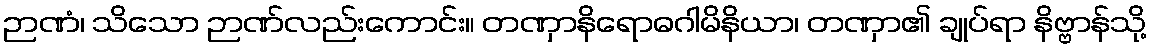
ဉာဏံ၊ သိသော ဉာဏ်လည်းကောင်း။ တဏှာနိရောဓဂါမိနိယာ၊ တဏှာ၏ ချုပ်ရာ နိဗ္ဗာန်သို့